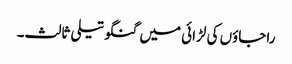
راجاؤں کی لڑائی میں گنگوتیلی ثالث۔